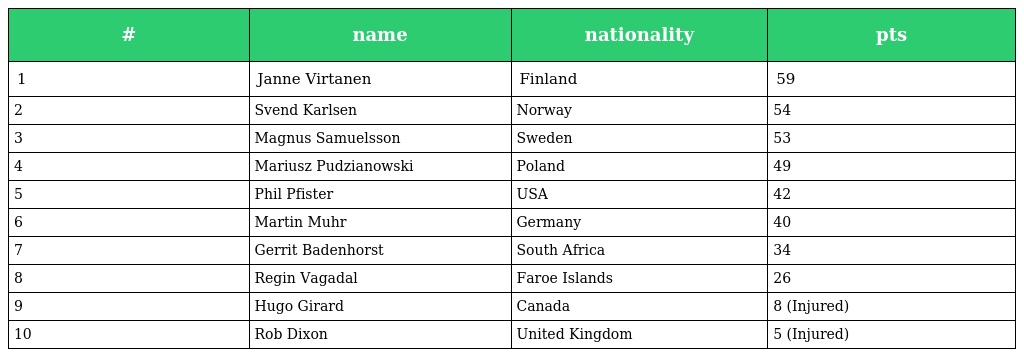
| # | name | nationality | pts |
 | --- | --- | --- | --- |
 | 1 | Janne Virtanen | Finland | 59 |
 | 2 | Svend Karlsen | Norway | 54 |
 | 3 | Magnus Samuelsson | Sweden | 53 |
 | 4 | Mariusz Pudzianowski | Poland | 49 |
 | 5 | Phil Pfister | USA | 42 |
 | 6 | Martin Muhr | Germany | 40 |
 | 7 | Gerrit Badenhorst | South Africa | 34 |
 | 8 | Regin Vagadal | Faroe Islands | 26 |
 | 9 | Hugo Girard | Canada | 8 (Injured) |
 | 10 | Rob Dixon | United Kingdom | 5 (Injured) |